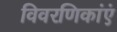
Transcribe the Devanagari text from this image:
विवरणिकांएं